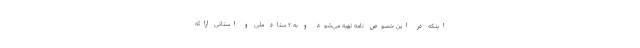
اینکه در این خصوص نامه تهیه می‌شود و به ۲ ستاد ملی و استانی ارائه